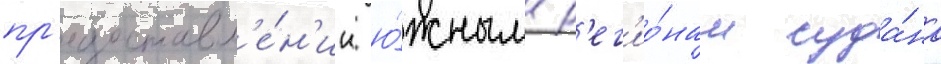
пр'едоставл'е́н'ии ю́жным р'ег'ио́нам суда́на